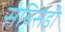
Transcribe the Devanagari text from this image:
सब्‍सिडी